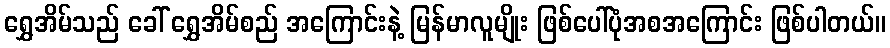
ရွှေအိမ်သည် ခေါ် ရွှေအိမ်စည် အကြောင်းနဲ့ မြန်မာလူမျိုး ဖြစ်ပေါ်ပုံအစအကြောင်း ဖြစ်ပါတယ်။